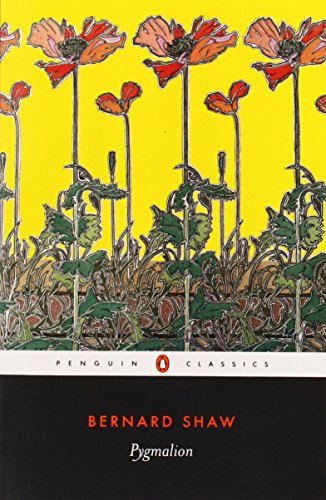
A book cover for Pygmalion (Penguin Classics); George Bernard Shaw; Literature & Fiction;